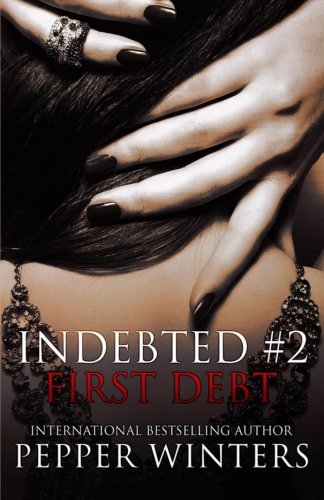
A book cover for First Debt (Indebted) (Volume 2); Pepper Winters; Romance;